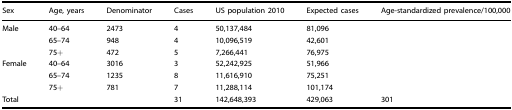
<table><thead><tr><td><b>Sex</b></td><td><b>Age, years</b></td><td><b>Denominator</b></td><td><b>Cases</b></td><td><b>US population 2010</b></td><td><b>Expected cases</b></td><td><b>Age-standardized prevalence/100,000</b></td></tr></thead><tbody><tr><td>Male</td><td>40–64</td><td>2473</td><td>4</td><td>50,137,484</td><td>81,096</td><td></td></tr><tr><td></td><td>65–74</td><td>948</td><td>4</td><td>10,096,519</td><td>42,601</td><td></td></tr><tr><td></td><td>75+</td><td>472</td><td>5</td><td>7,266,441</td><td>76,975</td><td></td></tr><tr><td>Female</td><td>40–64</td><td>3016</td><td>3</td><td>52,242,925</td><td>51,966</td><td></td></tr><tr><td></td><td>65–74</td><td>1235</td><td>8</td><td>11,616,910</td><td>75,251</td><td></td></tr><tr><td></td><td>75+</td><td>781</td><td>7</td><td>11,288,114</td><td>101,174</td><td></td></tr><tr><td>Total</td><td></td><td></td><td>31</td><td>142,648,393</td><td>429,063</td><td>301</td></tr></tbody></table>